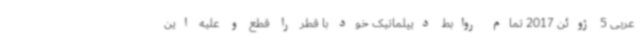
عربی 5 ژوئن 2017 تمام روابط دیپلماتیک خود با قطر را قطع و علیه این